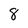
Character: 8